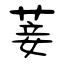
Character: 菨